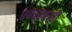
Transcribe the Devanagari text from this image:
एकसष्टावी